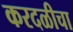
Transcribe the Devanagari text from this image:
करदळीचा